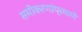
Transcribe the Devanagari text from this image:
समीकरणांप्रमाणे